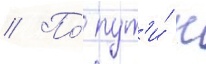
// По́ пут'и́ к